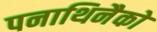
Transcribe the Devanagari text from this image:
पनाथिनैको